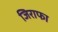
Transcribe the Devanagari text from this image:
जिराफा